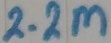
Text: 2.2M